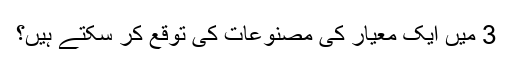
3 میں ایک معیار کی مصنوعات کی توقع کر سکتے ہیں؟